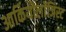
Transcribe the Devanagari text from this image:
आर्कियोलाॅजिस्ट